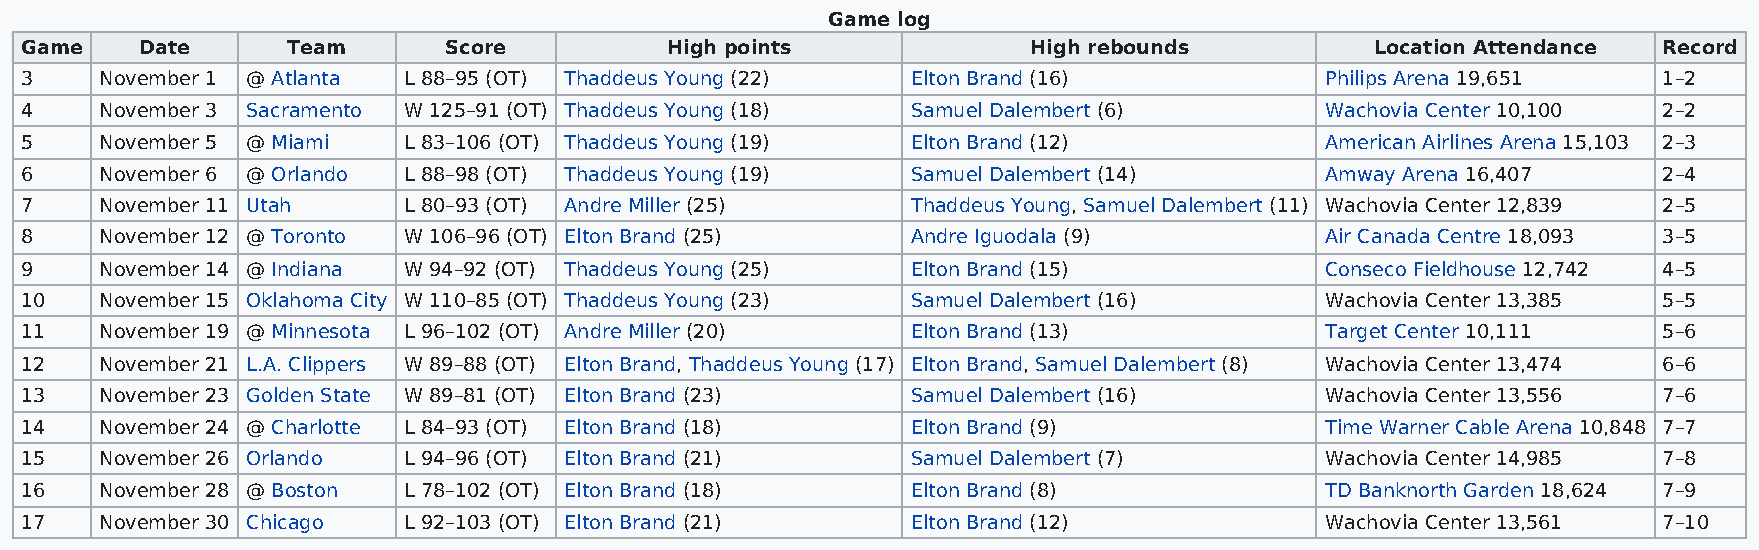
Game log
 Game    Date      Team      Score          High points             High rebounds          Location Attendance Record
 3     November 1 @ Atlanta L 88–95 (OT) Thaddeus Young (22) Elton Brand (16)           Philips Arena 19,651  1–2
 4     November 3 Sacramento W 125–91 (OT) Thaddeus Young (18) Samuel Dalembert (6)     Wachovia Center 10,100 2–2
 5     November 5 @ Miami  L 83–106 (OT) Thaddeus Young (19) Elton Brand (12)           American Airlines Arena 15,103 2–3
 6     November 6 @ Orlando L 88–98 (OT) Thaddeus Young (19) Samuel Dalembert (14)      Amway Arena 16,407    2–4
 7     November 11 Utah    L 80–93 (OT) Andre Miller (25)   Thaddeus Young, Samuel Dalembert (11) Wachovia Center 12,839 2–5
 8     November 12 @ Toronto W 106–96 (OT) Elton Brand (25) Andre Iguodala (9)          Air Canada Centre 18,093 3–5
 9     November 14 @ Indiana W 94–92 (OT) Thaddeus Young (25) Elton Brand (15)          Conseco Fieldhouse 12,742 4–5
 10    November 15 Oklahoma City W 110–85 (OT) Thaddeus Young (23) Samuel Dalembert (16) Wachovia Center 13,385 5–5
 11    November 19 @ Minnesota L 96–102 (OT) Andre Miller (20) Elton Brand (13)         Target Center 10,111  5–6
 12    November 21 L.A. Clippers W 89–88 (OT) Elton Brand, Thaddeus Young (17) Elton Brand, Samuel Dalembert (8) Wachovia Center 13,474 6–6
 13    November 23 Golden State W 89–81 (OT) Elton Brand (23) Samuel Dalembert (16)     Wachovia Center 13,556 7–6
 14    November 24 @ Charlotte L 84–93 (OT) Elton Brand (18) Elton Brand (9)            Time Warner Cable Arena 10,848 7–7
 15    November 26 Orlando L 94–96 (OT) Elton Brand (21)    Samuel Dalembert (7)        Wachovia Center 14,985 7–8
 16    November 28 @ Boston L 78–102 (OT) Elton Brand (18)  Elton Brand (8)             TD Banknorth Garden 18,624 7–9
 17    November 30 Chicago L 92–103 (OT) Elton Brand (21)   Elton Brand (12)            Wachovia Center 13,561 7–10